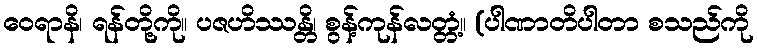
ဝေရာနိ၊ ရန်တို့ကို။ ပဇဟိဿန္တိ၊ စွန့်ကုန်လတ္တံ့။ (ပါဏာတိပါတာ စသည်ကို